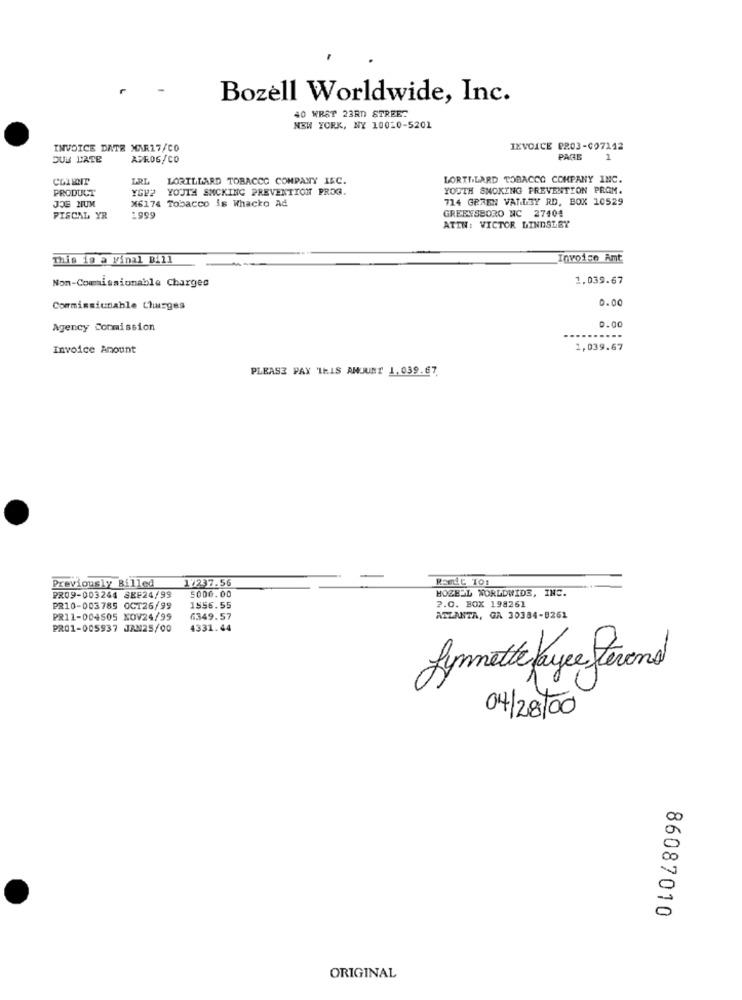
Bozell Worldwide, Inc.
40 WRST 23RD STREET
NEW YORK, NY 10010-5201
INVOICE DATE MAR17/CO
IEVOICE PR03-C97142
DUE L'ATE
APFOG/CO
PARE
1
CLIENT
IRL
LORILLARD TOBACCO COMPANY IEC.
LORILLARD TOBACCO COMPANY INC.
PRODUCT
YGP2
YOUTH SNCKING PREVENTION PROG.
YOUTH SMOKING PREVENTION PROM.
X6174 Tobacco is Whacko Ad
714 GREEN VALLEY RD, BOX 10529
JOE NUM
FISCAL YR
:999
GREENSBORO WC 27404
ATTN: VICTOR LINDSLEY
This is a Final Bill
tovoice Amt
Non-Commissionable Charges
1.039.67
0.00
Commissiunable Charges
0.00
Agency Conmission
.....
Invoice Anount
1,039.67
PLEASE PAX THIS ANUUNT 1.039.67
Previously Billed
1/237.56
Renit To:
HOZEL WORLDWIDE, INC.
PR09-003244 SEF24/99
5000.00
P.O. BOX 198261
PR10-003785 OCT26/99
1556.55
PR11-004505 NOV24/99
6349.57
ATLANTA, GA 30384-8261
PR01-005937 JAN25/00
4331.44
Lynnette payee tevens
04/28/00
86087010
ORIGINAL